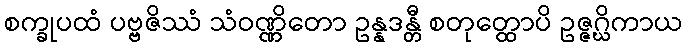
စက္ခုပထံ ပဗ္ဗဇိဿံ သံဝဏ္ဏိတော ဥန္နဒန္တီ စတုတ္ထောပိ ဥဇ္ဇဂ္ဃိကာယ